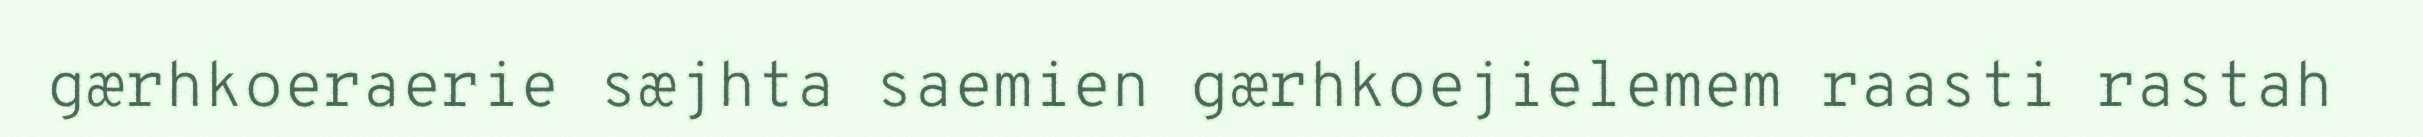
gærhkoeraerie sæjhta saemien gærhkoejielemem raasti rastah